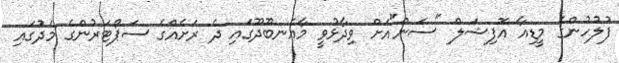
ފުލުހުންގެ މީޑިއާ އޮފިޝަލް "ސަން"އަށް ވިދާޅުވީ މާއެނބޫދޫގައި ދެ ރަށެއްގެ ސަޕޯޓަރުންގެ މެދުގައި